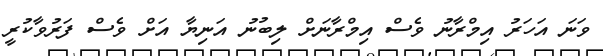
ވަނަ އަހަރު އިމްރާނު ވެސް އިމްރާނަށް ލިބުނު އަނިޔާ އަށް ވެސް ފަރުވާކުރީ